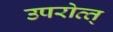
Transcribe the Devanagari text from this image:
उपरोत्त्